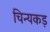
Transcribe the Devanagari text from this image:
चिन्यकड़